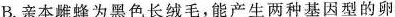
B.亲本雌蜂为黑色长绒毛，能产生两种基因型的卵